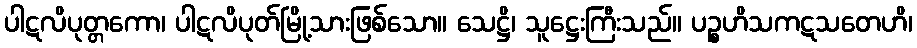
ပါဋလိပုတ္တကော၊ ပါဋလိပုတ်မြို့သားဖြစ်သော။ သေဋ္ဌိ၊ သူဋ္ဌေးကြီးသည်။ ပဉ္စဟိသကဋသတေဟိ၊